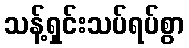
သန့်ရှင်းသပ်ရပ်စွာ